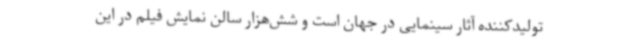
تولیدکننده آثار سینمایی در جهان است و شش‌هزار سالن نمایش فیلم در این